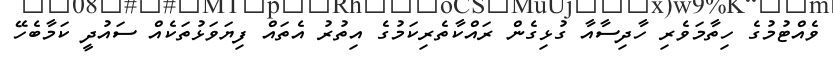
ވެއްޓުމުގެ ހިތާމަވެރި ހާދިސާއާ ގުޅިގެން ރައްކާތެރިކަމުގެ އިތުރު އެތައް ފިޔަވަޅުތަކެއް ސައުދީ ކަމާބެހޭ